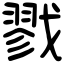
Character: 戮